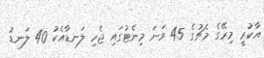
އާކުރީ މިރޭގެ މެޗުގެ 45 ވަނަ މިނެޓުގައި ޖެހި ލަނޑާއެކު 40 ލަނޑު